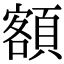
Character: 額